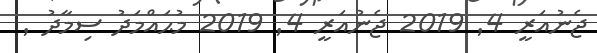
ޖެނުއަރީ 4